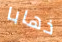
ذهابا